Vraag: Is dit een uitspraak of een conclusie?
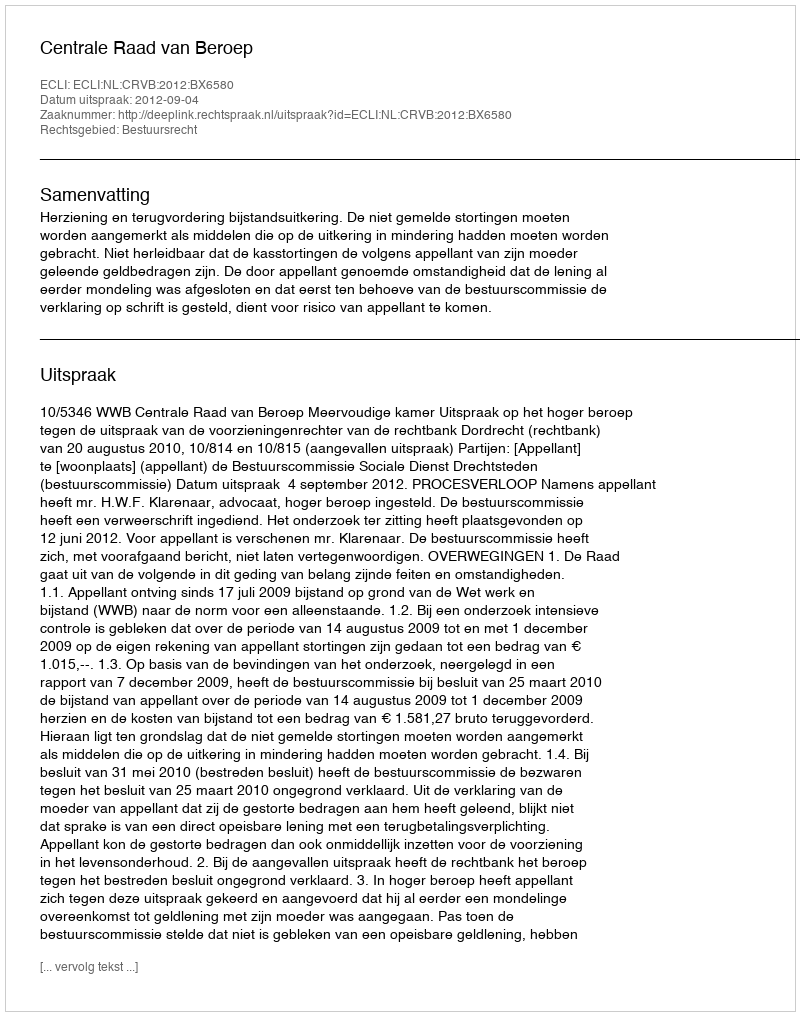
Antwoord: Uitspraak